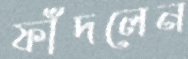
ফাঁদলেন